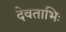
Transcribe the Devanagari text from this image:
देवताभिः